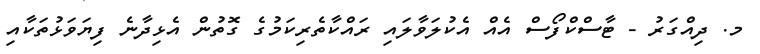
މ. ދިއްގަރު - ޓާސްކްފޯސް އެއް އެކުލަވާލައި ރައްކާތެރިކަމުގެ ގޮތުން އެޅިދާނެ ފިޔަވަޅުތަކާއި